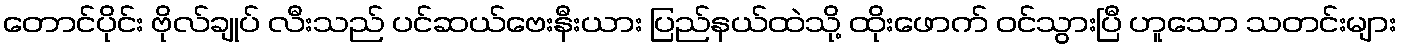
တောင်ပိုင်း ဗိုလ်ချုပ် လီးသည် ပင်ဆယ်ဗေးနီးယား ပြည်နယ်ထဲသို့ ထိုးဖောက် ဝင်သွားပြီ ဟူသော သတင်းများ